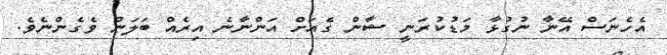
އެހެނަސް އޭނާ ނުގުޅާ މަޑުކުރަނީ ޝާން ގެއަށް އަންނާނެ އިރެއް ބަލަން ވެގެންނެވެ.